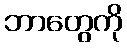
ဘာတွေကို